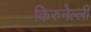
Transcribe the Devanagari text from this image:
किरुनेल्ली